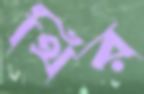
থির